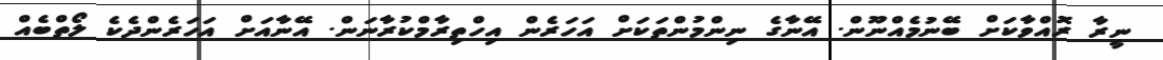
ނީރާ ރޮއްވާކަށް ބޭނުމެއްނޫން. އޭނާގެ ނިންމުންތަކަށް އަހަރެން އިހްތިރާމްކުރާނަން. އޭނާއަށް އަހަރެންދެކެ ލޯތްބެއް